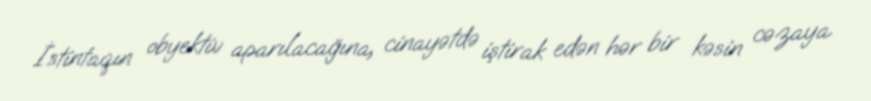
İstintaqın obyektiv aparılacağına, cinayətdə iştirak edən hər bir kəsin cəzaya